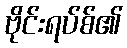
ဗိုင်းရပ်စ်၏